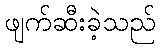
ဖျက်ဆီးခဲ့သည်